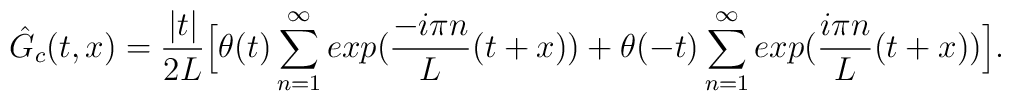
\hat{G}_c(t,x)={|t|\over {2L}}\Big[\theta(t)\sum_{n=1}^{\infty}exp\big({-i\pi n\over L}(t+x)\big)+\theta(-t)\sum_{n=1}^{\infty}exp\big({i\pi n\over L}(t+x)\big)\Big].